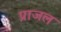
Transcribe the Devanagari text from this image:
प्राजल